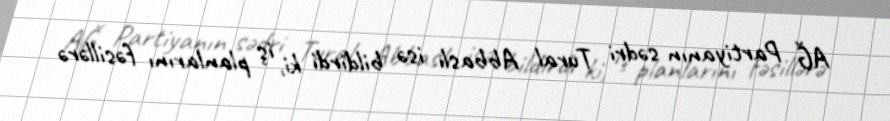
AĞ Partiyanın sədri Tural Abbaslı isə bildirdi ki, iş planlarını fəsillərə